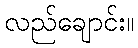
လည်ချောင်း။